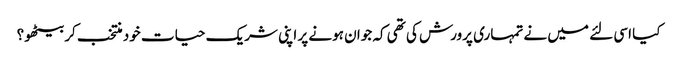
کیا اسی لئے میں نے تمہاری پرورش کی تھی کہ جوان ہونے پر اپنی شریک حیات خود منتخب کر بیٹھو؟